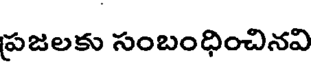
పజలకు సంబంధించినవి